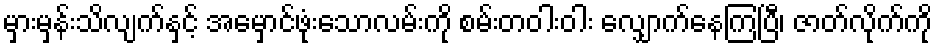
မှားမှန်းသိလျက်နှင့် အမှောင်ဖုံးသောလမ်းကို စမ်းတဝါးဝါး လျှောက်နေကြပြီ၊ ဇာတ်လိုက်ကို